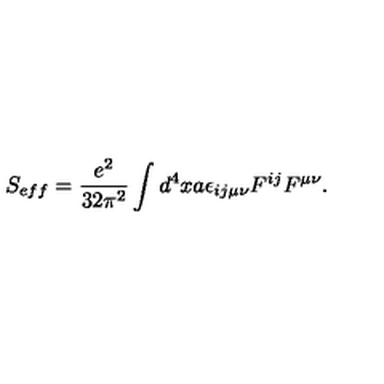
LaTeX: S _ { e f f } = \frac { e ^ { 2 } } { 3 2 \pi ^ { 2 } } \int d ^ { 4 } x a \epsilon _ { i j \mu \nu } F ^ { i j } F ^ { \mu \nu } .